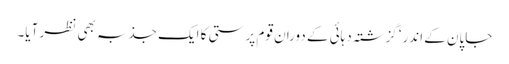
جاپان کے اندر‘ گزشتہ دہائی کے دوران قوم پرستی کا ایک جذبہ بھی نظر آیا۔